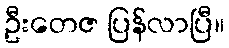
ဦးတေဇ ပြန်လာပြီ။